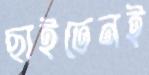
ছাইতেনই